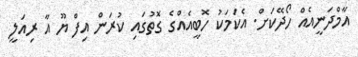
އާމްދަނީއެއް ހޯދޭކަށް. އެކަމަކު ހޮބީއެއްގެ ގޮތުގައި ކުރަން އިފް ޔޫ އާ ރިއަލީ